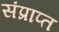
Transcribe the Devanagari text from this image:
संप्राप्त